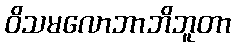
ဝိသမလောဘာဘိဘူတာ